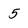
Character: 5